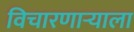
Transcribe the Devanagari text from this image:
विचारणाऱ्याला